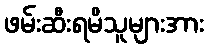
ဖမ်းဆီးရမိသူများအား